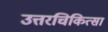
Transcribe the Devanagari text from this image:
उत्तरचिकित्सा